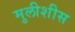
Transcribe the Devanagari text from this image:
मुलीशीस